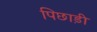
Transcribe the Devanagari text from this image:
पिछाड़ी